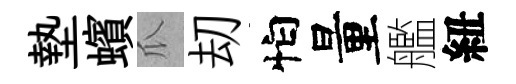
墊蠙瓜刧怕量艦紐